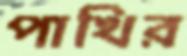
পাখির